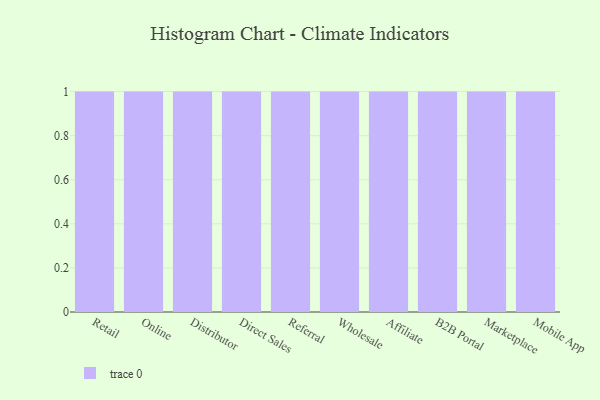
{"axis": {"x": "Channel", "y": "Budget (USD K)"}, "legend": [""], "data": [{"x": "Retail", "y": 77, "type": ""}, {"x": "Online", "y": 89, "type": ""}, {"x": "Distributor", "y": 18, "type": ""}, {"x": "Direct Sales", "y": 28, "type": ""}, {"x": "Referral", "y": 11, "type": ""}, {"x": "Wholesale", "y": 71, "type": ""}, {"x": "Affiliate", "y": 59, "type": ""}, {"x": "B2B Portal", "y": 42, "type": ""}, {"x": "Marketplace", "y": 4, "type": ""}, {"x": "Mobile App", "y": 83, "type": ""}]}